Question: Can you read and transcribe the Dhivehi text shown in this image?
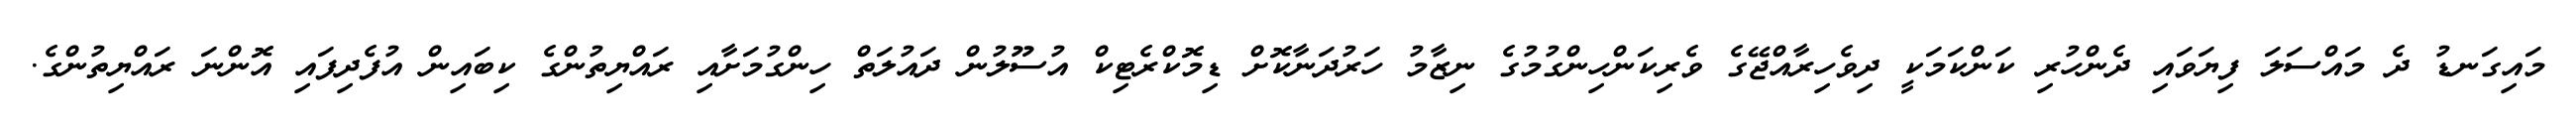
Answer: މައިގަނޑު ދެ މައްސަލަ ފިޔަވައި ދެންހުރި ކަންކަމަކީ ދިވެހިރާއްޖޭގެ ވެރިކަންހިންގުމުގެ ނިޒާމު ހަރުދަނާކޮށް ޑިމޮކްރެޓިކް އުސޫލުން ދައުލަތް ހިންގުމަށާއި ރައްޔިތުންގެ ކިބައިން އުފެދިފައި އޮންނަ ރައްޔިތުންގެ.